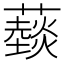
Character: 䕭